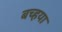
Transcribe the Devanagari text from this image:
बच्हया